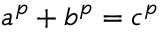
a ^ { p } + b ^ { p } = c ^ { p }